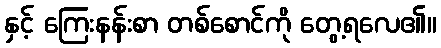
နှင့် ကြေးနန်းစာ တစ်စောင်ကို တွေ့ရလေ၏။